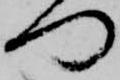
門